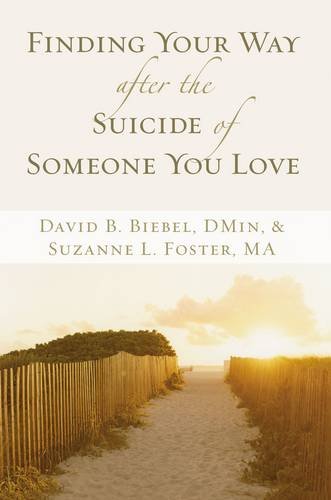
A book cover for Finding Your Way after the Suicide of Someone You Love; David B. Biebel; Self-Help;